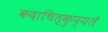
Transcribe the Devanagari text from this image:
कदाचित्कुप्यते